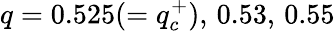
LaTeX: q=0.525(=q_{c}^{+}),\, 0.53,\, 0.55